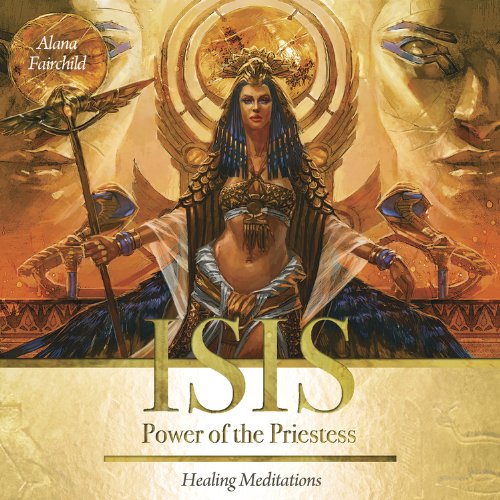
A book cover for Isis CD: Power of the Priestess; Alana Fairchild; Religion & Spirituality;